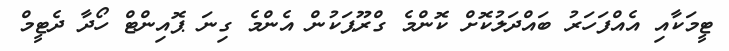
ޓީމަކާއި އެއްފަހަރު ބައްދަލުކޮށް ކޮންމެ ގްރޫޕަކުން އެންމެ ގިނަ ޕޮއިންޓް ހޯދާ ދެޓީމް